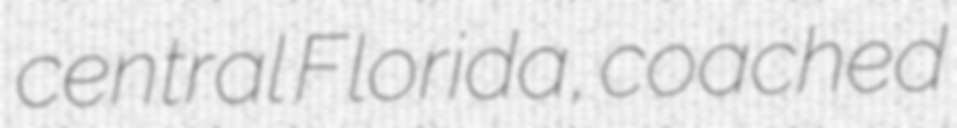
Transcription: central Florida, coached